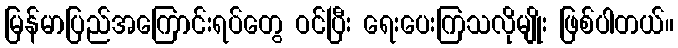
မြန်မာပြည်အကြောင်းရပ်တွေ ဝင်ပြီး ရေးပေးကြသလိုမျိုး ဖြစ်ပါတယ်။